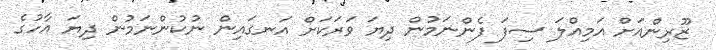
ޒޫރިންއަށް އަމިއްލަ ސިފަ ފެންނަމުން ދިޔަ ވަރަކަށް އަނގައިން ނުކުންނަމުން ދިޔަ އާހުގެ